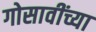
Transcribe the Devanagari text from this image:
गोसावींच्या